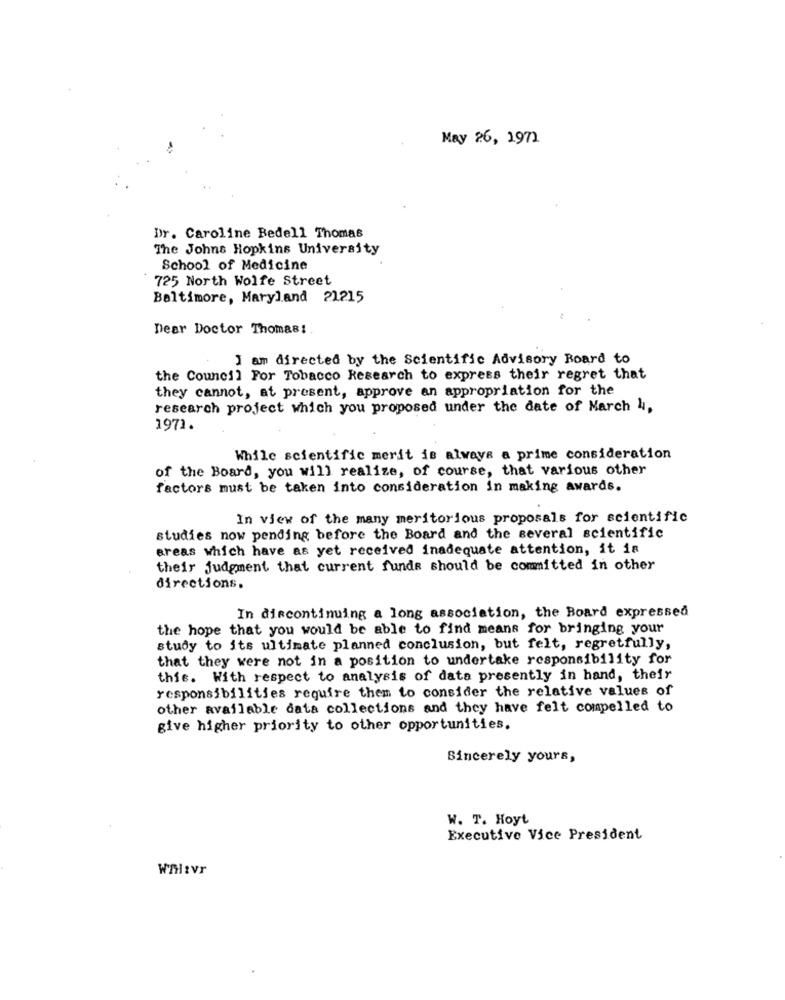
May 26, 1971
Dr. Caroline Bedell Thomas
The Johns Hopkins University
School of Medicine
725 North Wolfe Street
Baltimore, Maryland 21215
Dear Doctor Thomas!
I am directed by the Scientific Advisory Board to
the Council For Tobacco Research to express their regret that
they cannot, at present, approve an appropriation for the
research project which you proposed under the date of March 4,
1971.
While scientific merit is always a prime consideration
of the Board, you will realize, of course, that various other
factors must be taken into consideration in making awards.
In view of the many meritorious proposals for scientific
studies now pending before the Board and the several scientific
areas which have as yet received inadequate attention, it is
their judgment that current funde should be committed in other
directions.
In discontinuing a long association, the Board expressed
the hope that you would be able to find means for bringing your
study to its ultimate planned conclusion, but felt, regretfully,
that they were not in a position to undertake responsibility for
this. With respect to analysis of data presently in hand, their
responsibilities require them to consider the relative values of
other available data collections and they have felt compelled to
give higher priority to other opportunities.
Sincerely yours,
W. T. Hoyt
Executive Vice President
Whitvr